Document type: Sale
Year: 1423
Scribe: Joan Franc
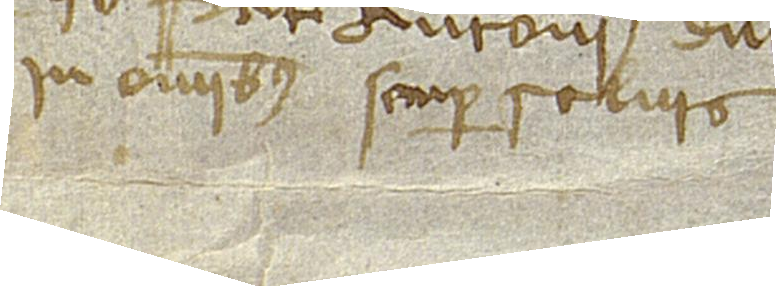
in omnibus semper salvis.